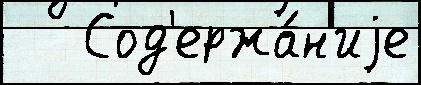
   Сод'ержа́н'иjе